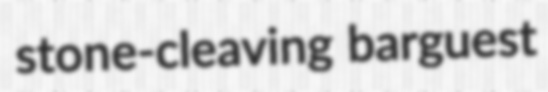
stone-cleaving barguest